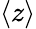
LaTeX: \langle z\rangle